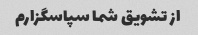
از تشویق شما سپاسگزارم